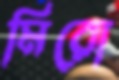
মিরো